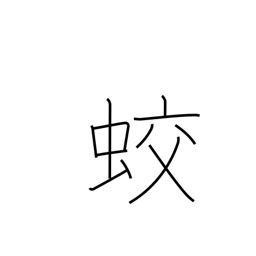
Meaning: dragon